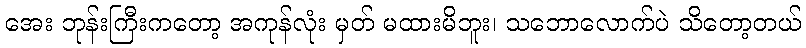
အေး ဘုန်းကြီးကတော့ အကုန်လုံး မှတ် မထားမိဘူး၊ သဘောလောက်ပဲ သိတော့တယ်